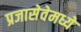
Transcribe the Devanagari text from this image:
प्रजासेवेमध्ये